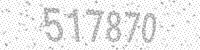
Solution: 517870